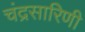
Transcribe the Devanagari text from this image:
चंद्रसारिणी